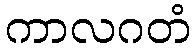
ကာလဂတံ